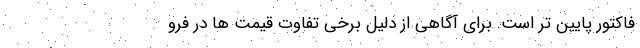
فاکتور پایین تر است. برای آگاهی از دلیل برخی تفاوت قیمت ها در فرو